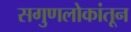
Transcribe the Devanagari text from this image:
सगुणलोकांतून